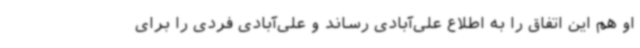
او هم این اتفاق را به اطلاع علی‌آبادی رساند و علی‌آبادی فردی را برای